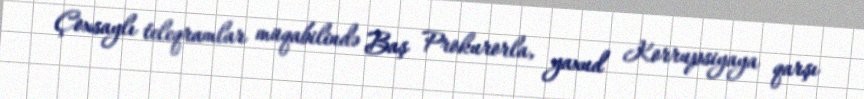
Çoxsaylı teleqramlar müqabilində Baş Prokurorla, yaxud Korrupsiyaya qarşı